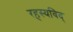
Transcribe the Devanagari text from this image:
रहस्यविद्